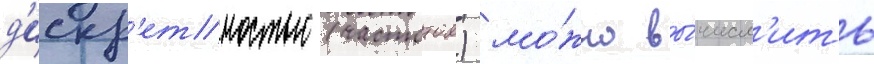
д'искр'етностью (частотои) мо́жно вы́числ'ить